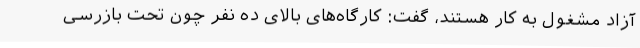
آزاد مشغول به کار هستند، گفت: کارگاه‌های بالای ده نفر چون تحت بازرسیِ